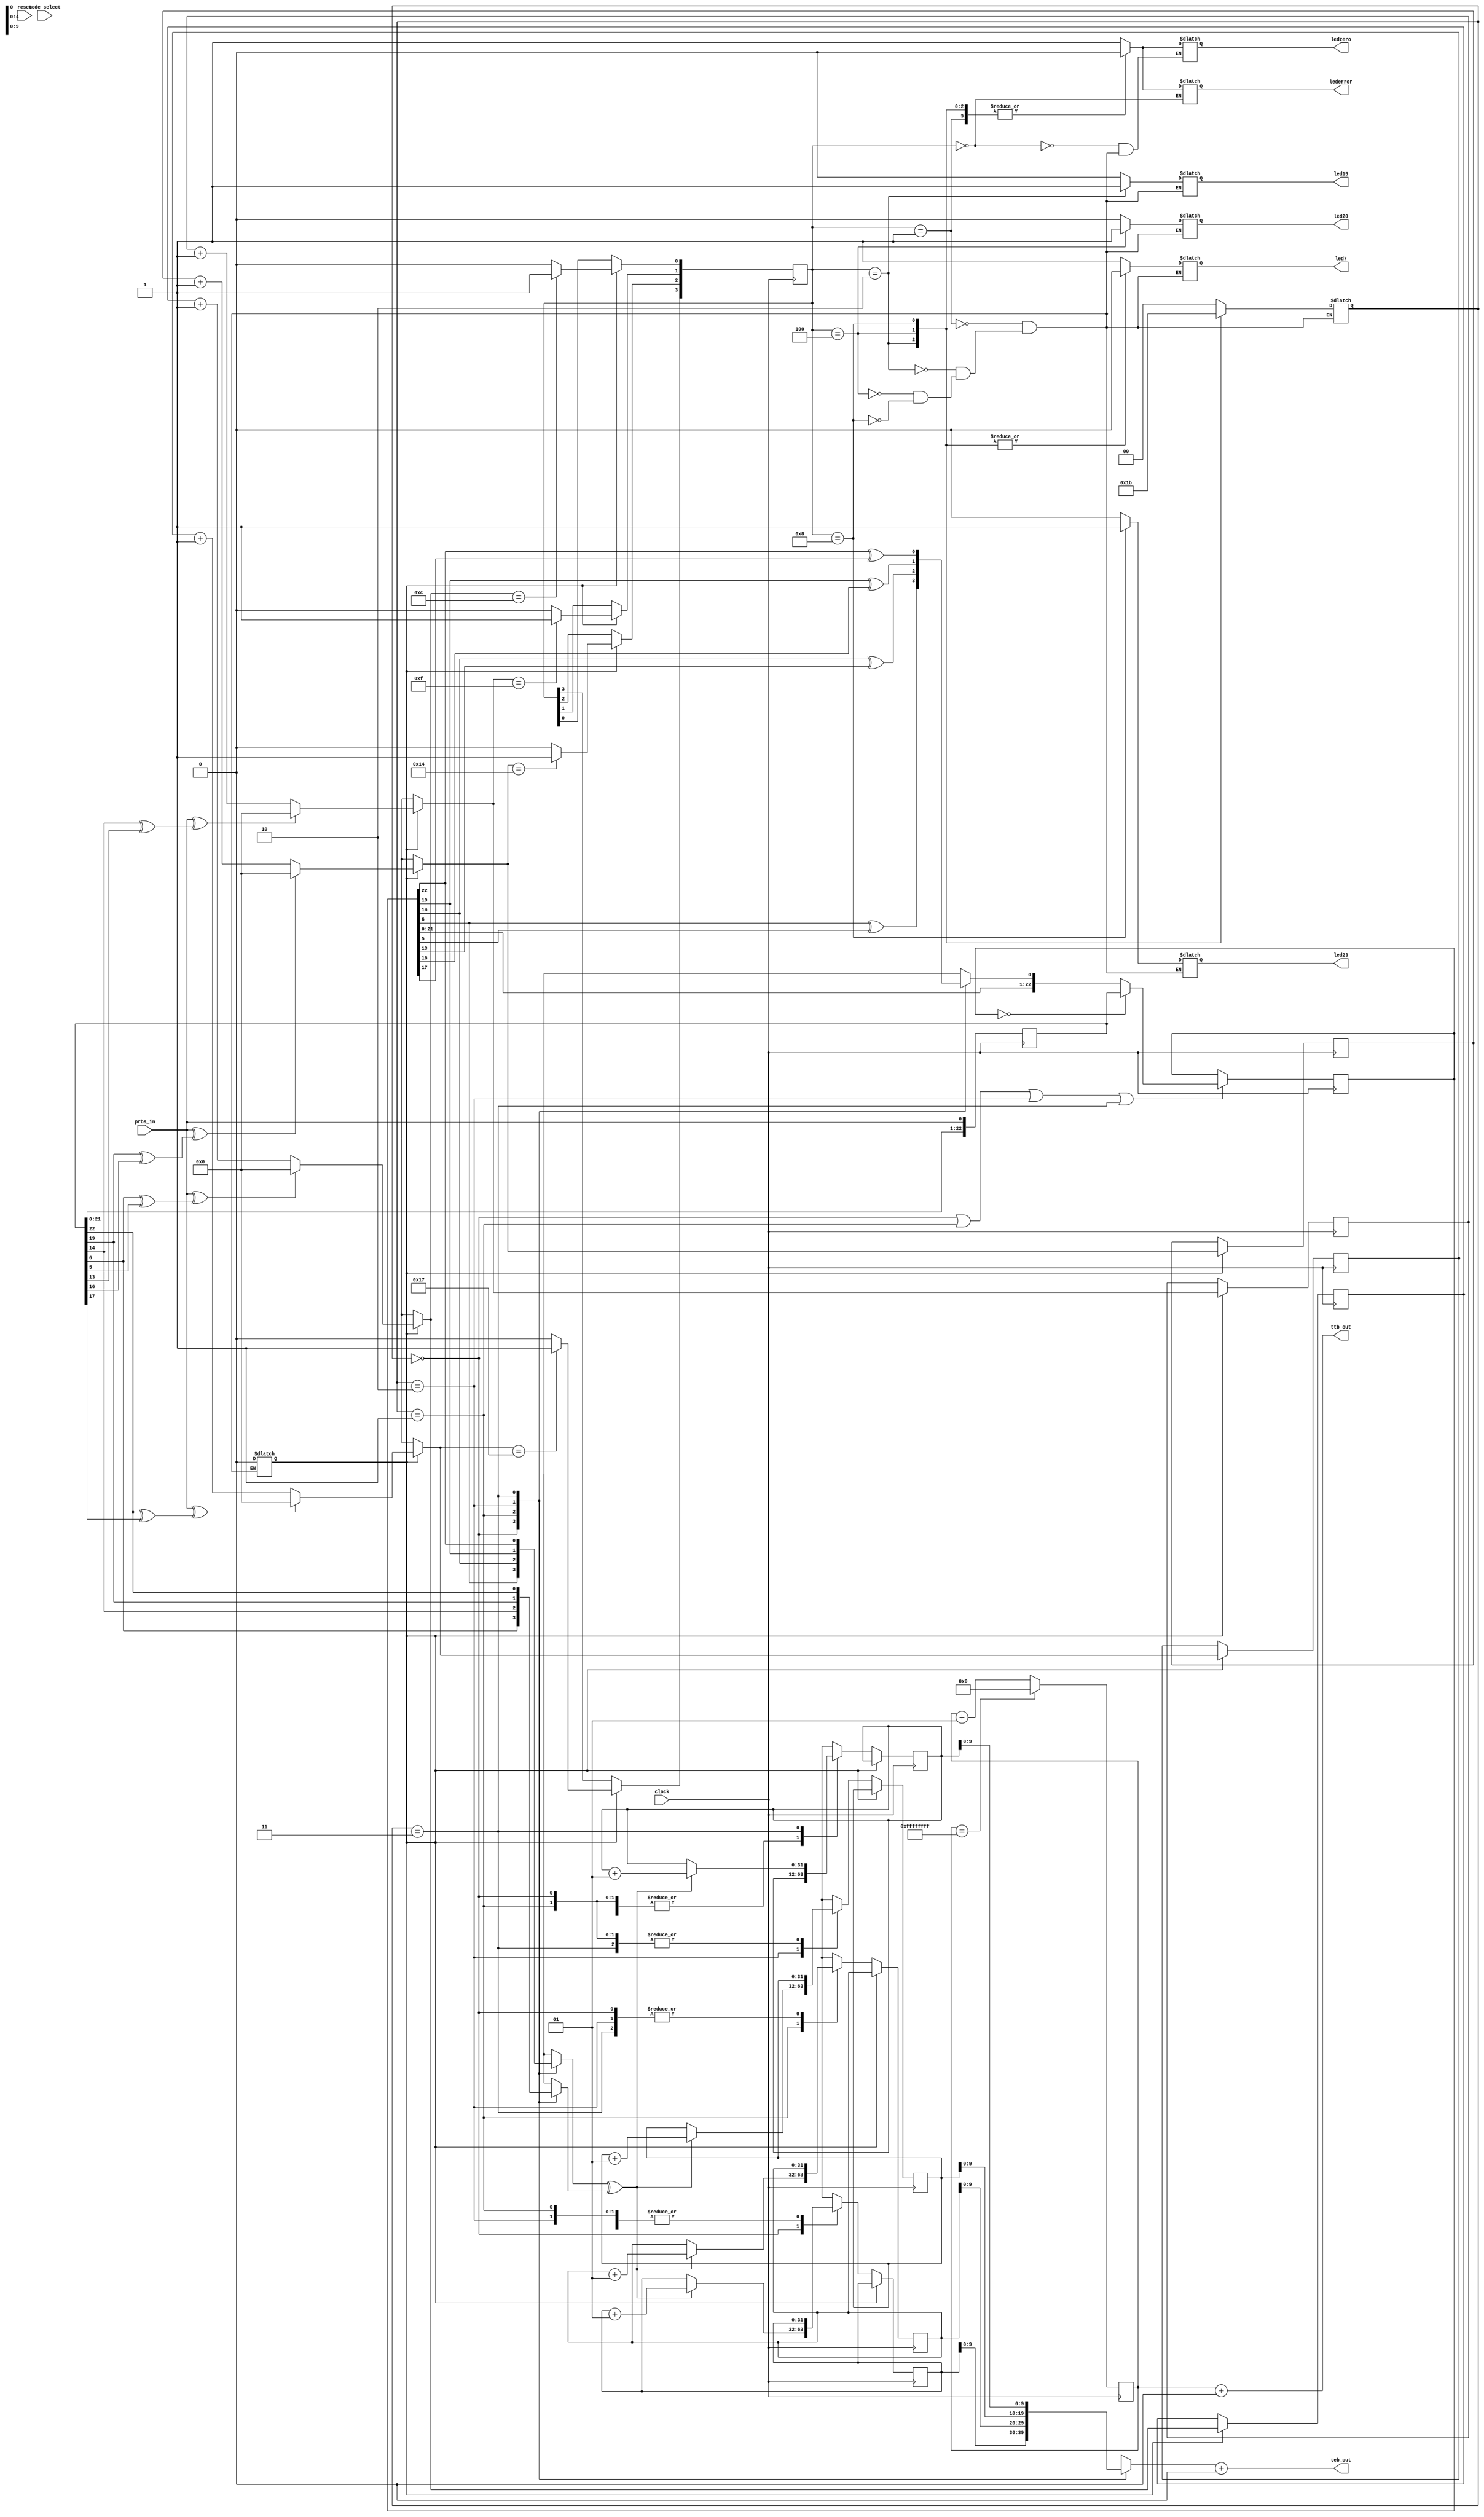
//error while implmentation: bursterror_counter has multiple drivers 
//measures totalised and exponential errors

//teb=total error bits ttb=total tested bits
/*Description
1.prbs seq(with or without noise) is generated in another fpga block
2. the output of that block is fed as input to the present block
3.in seq detection-when bursterrorflag is 1 continuos matches are only
  and if threshold is reached seq is assigned. while assigning seq bursterrorflag is made 0 to
  stop the seq detection(it will be 1 again if burst errors occur)
4.after seq is detected by counting continuos matches, the seq in shiftreg_seqdetect is
parallelly loaded inti shiftreg_local
5.feedback is calculated in shiftreg local and prbs_local output is generated
6.the o/p of prbs_local and prbs_seqdetect are compared(based on the seq) and respective 
error is incremented and assigned to the error counter
---this is the general case
if any burst of error occurs then the burst error detection detects it as follows
1.counting of mismatches is done for continuos 4 errors
2.if more than 4 continuos errors occur then,the old seq is stored in register old_seq
 .reference counter(counts 50 clocks ) & bursterrorbits_buf(counts discountinuities also) start.
3.after 50 clk cycles if bursterror counter>25 then bursterror_flag set to 1(seq detect satrts)
4.save the new seq as new_seq.
5.if new_seq=old_seq then add the bursterrorbits_buf value to totalerror_counter
6.if not equal,set totalerrorcounter =0,bursterrorbits_buf=0;
flag is set to 0 automatically  once seq is detected(in the seq detect block)*/
`timescale 1ns / 1ps

module ber_result(
   input clock,
   input reset,
   input prbs_in,
   input mode_select,//0 for totalised, 1 for exponential
   output ledzero,  
   output lederror, 
   output led7,     
   output led15,    
   output led20,    
   output led23, 
   
   output [9:0]teb_out,
   output [31:0]ttb_out    
   );

//variable declaration

//----------------sequence detection variables------------ 
reg [22:0]shiftreg_seqdetect;                                                                   
wire [3:0]feedback_seqdetect;/*4 feedbacks tested parallely
(0=7bit,1=15bit,2=20bit,3=23bit)*/ 

reg prbs_seqdetect;      //o/p from seqdetect lfsr (to be compared to ber lfsr)                                                                                                                               
wire match7;//feedbacks are ||ly xored with prbs_gen 
wire match15;  //and generate 4 matches                                                                                                  
wire match20;                                                                                
wire match23;                                                                                
                                                                                              
reg [4:0]counter7=0;  //counter7,15,20,23 count the no. of                                                                           
//continuos matches from match7,15.. and used to select seq 
reg [4:0]counter15=0;                                                                            
reg [4:0]counter20=0;                                                                           
reg [4:0]counter23=0;                                                                                                                                                                                                                                                 
reg [3:0]match=0;                                                                                
reg [1:0]seqbuffer; 
                                                                           
reg bursterror_flag=1;
//if bursterror occurs- flag=1;else 0
// if burst error-detect seq, else lock the seq                                                                                              
 //o/p indicators                                                                                        
 reg led0_buf=0,lederror_buf=0,led7_buf=0;
 reg led15_buf=0,led20_buf=0,led23_buf=0;                                                         
//-------------local seq generator---------
reg [22:0]shiftreg_local=0;//local shiftreg to generate pn sequence
reg feedback_local;  //feedback of ber lfsr                                                                                                                         

reg prbs_local; //single o/p from muxing prbs_local lines
// and selecting through seq buffer 
 
//-------------error count---------------
reg mismatch7=0;// counts errors in selected seq
reg mismatch15=0; //i.e compares prbs_local and prbs_seqdetect                                      
reg mismatch20=0;                                       
reg mismatch23=0;                                       
integer errorcounter7=0;                                            
integer errorcounter15=0;                                           
integer errorcounter20=0;                                           
integer errorcounter23=0; 

integer errorcounter_total;  

//--------------total bits count   
integer ttb_out_buffer;  
integer ttb_totalised_buffer=0;                                   
//--------------burst error detection-------
//if 4 continuos mismatches occur then test for burst errors is done  
reg [5:0]burst_clkcounter=0; //ref counter counts the clock 50 times
reg [5:0]bursterror_counter=0;
reg [5:0]bursterrorbits_buf=0;
reg [1:0]old_seq;
reg [1:0]new_seq;
reg ttb_exp_buffer=3;
reg [10:0]bursterror_out_buf=0;
reg [31:0]burst_clkcounter_final=0;
reg lock_sequence=1;
//program logic


//----------------seq detection block----------------

always@(posedge clock)                                       
  begin                                                      
                                                             
    shiftreg_seqdetect={shiftreg_seqdetect[21:0],prbs_in};            
 end                                                         
   //assign feedbacks parallely                              
assign feedback_seqdetect[0]=shiftreg_seqdetect[6]^shiftreg_seqdetect[5];   
assign feedback_seqdetect[1]=shiftreg_seqdetect[14]^shiftreg_seqdetect[13]; 
assign feedback_seqdetect[2]=shiftreg_seqdetect[19]^shiftreg_seqdetect[16]; 
assign feedback_seqdetect[3]=shiftreg_seqdetect[22]^shiftreg_seqdetect[17]; 
//compare prbsnoise and feedback
assign match7 =prbs_in^feedback_seqdetect[0]; 
assign match15=prbs_in^feedback_seqdetect[1];
assign match20=prbs_in^feedback_seqdetect[2];
assign match23=prbs_in^feedback_seqdetect[3];

//seq detect based on match value
 
always@(posedge clock)
/* if((seqbuffer!=2'b00|seqbuffer!=2'b01|seqbuffer!=2'b10|
seqbuffer!=2'b11)& (bursterror_flag==1'b1)
 */
if(bursterror_flag==1'b1)  
   begin
    if(match7==0)
      counter7=counter7+1;
    else
     begin
      if(match7!=0)                                         
      counter7=0; 
     end
        
    if(match15==0)           
      counter15=counter15+1;   
    else
    begin
     if(match15!=0)                     
      counter15=0;
    end
    if(match20==0)            
     counter20=counter20+1;    
    else
    begin
     if(match20!=0)                    
      counter20=0;         
   end  
    if(match23==0)          
     counter23=counter23+1;  
    else 
    begin
      if(match23!=0)                   
     counter23=0;
    end  
   //set the respective bit in match if the counter reaches threshold value
  if(counter7==5'd12)//not 7 because initially
  // seq matches with 11 bits & indicates wrong seq
   match[0]=1'b1;
  else
   match[0]=1'b0;
  if(counter15==5'd15)
   match[1]=1'b1;
  else          
   match[1]=1'b0;
  if(counter20==5'd20)
   match[2]=1'b1;
  else          
   match[2]=1'b0;
  if(counter23==5'd23)
   match[3]=1'b1;
  else          
   match[3]=1'b0;
end  

always@* 
 begin
//based on match value(of selected seq) on the respective led
 case(match)
   4'b0000:begin              
            led0_buf=1;             
                   
            //lederror_buf=0;           
           end                
   4'b0001: begin
            led7_buf=1; 
            led15_buf=0;
            led20_buf=0;
            led23_buf=0;                          
            lederror_buf=0;             
            led0_buf=0;             
              
            seqbuffer=2'b00;
            bursterror_flag=1'b0;  
            end               
   4'b0010:begin
            led7_buf=0; 
            led15_buf=1;
            led20_buf=0;
            led23_buf=0;     
            lederror_buf=0;            
            led0_buf=0;           
            seqbuffer=2'b01;
            bursterror_flag=1'b0; 
            end               
   4'b0100:begin 
           led7_buf=0; 
           led15_buf=0;
           led20_buf=1;             
           led23_buf=0;
           lederror_buf=0;              
           led0_buf=0;              
           seqbuffer=2'b10;
           bursterror_flag=1'b0;   
           end                
   4'b1000: begin      
            led7_buf=0;
            led15_buf=0;
            led20_buf=0;       
            led23_buf=1;            
            lederror_buf=0;             
            led0_buf=0;             
            seqbuffer=2'b11;
            bursterror_flag=1'b0;  
            end               
    
    default: lederror_buf=1; 
endcase 
new_seq=seqbuffer;
end 
//assigning led value to outputs
assign ledzero=led0_buf;
assign lederror=lederror_buf;
assign led7=led7_buf;
assign led15=led15_buf;
assign led20=led20_buf;
assign led23=led23_buf;  


//-------------local seq generation 

   always@(posedge clock)//if seq is detected-then(load if shftreg is 0 ,otherwise shift)
if(seqbuffer==2'b00 |seqbuffer==2'b01 |seqbuffer==2'b10 |seqbuffer==2'b11 ) 
 if(shiftreg_local==23'b0)
   begin     
    shiftreg_local={shiftreg_seqdetect[22:0]};
   end   
  else      
     begin
      shiftreg_local={shiftreg_local[21:0],feedback_local};
      //assign o/p for prbs_local
  end   
  
always@*
  case(seqbuffer)
    2'b00:begin                                              
           prbs_seqdetect=shiftreg_seqdetect[6];                       
           prbs_local=shiftreg_local[6];                               
           feedback_local=shiftreg_local[6]^shiftreg_local[5];     
          end                                                
    2'b01:begin                                              
           prbs_seqdetect=shiftreg_seqdetect[14];                      
           prbs_local=shiftreg_local[14];                              
           feedback_local=shiftreg_local[14]^shiftreg_local[13];   
          end                                                
    2'b10:begin                                              
            prbs_seqdetect=shiftreg_seqdetect[19];                     
            prbs_local=shiftreg_local[19];                            
            feedback_local=shiftreg_local[19]^shiftreg_local[16];  
          end                                                
    2'b11:begin                                               
             prbs_seqdetect=shiftreg_seqdetect[22];                    
             prbs_local=shiftreg_local[22];                            
             feedback_local=shiftreg_local[22]^shiftreg_local[17]; 
          end                                                
  
  endcase
  //-------------bit error count---------------   
  //error count
  always@(posedge clock)
  if(bursterror_flag==1'b0)
   begin
     case(seqbuffer)
      2'b00:begin
             if(prbs_local^prbs_seqdetect==1'b1)
               errorcounter7=errorcounter7+1;
            end 
      2'b01:begin                                   
             if(prbs_local^prbs_seqdetect==1'b1)                        
               errorcounter15=errorcounter15+1;      
           end                                      
      2'b10:begin                                
              if(prbs_local^prbs_seqdetect==1'b1)                               
                errorcounter20=errorcounter20+1;
              end                                    
      2'b11:begin                               
              if(prbs_local^prbs_seqdetect==1'b1)                        
                errorcounter23=errorcounter23+1;     
            end 
     endcase                                   
  end           
 always@*
  case(seqbuffer)
   2'b00:errorcounter_total=errorcounter7;
   2'b01:errorcounter_total=errorcounter15;
   2'b10:errorcounter_total=errorcounter20;
   2'b11:errorcounter_total=errorcounter23;
  endcase 
  //total bit count
  always@(posedge clock)
   
     if(ttb_totalised_buffer==32'hffffffff)//integer limit reached
       ttb_totalised_buffer=1'b0;
     else 
       ttb_totalised_buffer=ttb_totalised_buffer+1; 
       
                

 //-----------burst error detection---------
  /*   always@(posedge clock)//checks for 4 continuos errors and
      begin
      if((burst_clkcounter>=6'd50)|(bursterror_counter<6'd4)|(old_seq!=new_seq))
        burst_clkcounter=0;
         
       if(burst_clkcounter<6'd49)
          burst_clkcounter=burst_clkcounter+1;
         
       if((prbs_local^prbs_seqdetect!=1'b1)&(bursterror_counter<6'd4))//if mismatch
        bursterror_counter=0; 
       else if(prbs_local^prbs_seqdetect==1'b1)
        bursterror_counter= bursterror_counter+1;
      end 
      
 always@* //if 4 consecutive mismatches then continues else makes it 
 begin
   if(bursterror_counter>=6'd4)
    lock_sequence=1'b1;
 end 
 always@*
  begin  
    if(lock_sequence==1'b1)
    begin
      old_seq=seqbuffer;
      bursterror_flag=1'b1;//to start seq detection 
      if((bursterror_counter>=6'd25)&(burst_clkcounter==6'd48))
        begin
           if(old_seq==new_seq)
            begin
             bursterrorbits_buf=bursterror_counter;
             burst_clkcounter_final=burst_clkcounter;
            
            end
           else
             begin
              bursterrorbits_buf=0;
              errorcounter_total=0;
              bursterror_counter=0;
              burst_clkcounter_final=0;
             end
       end     
    end 
  end */
assign ttb_out=ttb_totalised_buffer+burst_clkcounter_final;     
assign teb_out=errorcounter_total+ bursterrorbits_buf;                                                                                                
endmodule